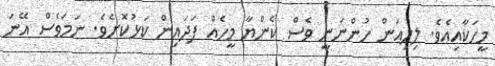
މީހަކާއިއެވެ. ލިލިއަން ހުންނަނީ ވެސް ކެންޔާ މީހެއް ފަދައިން ކަޅުކޮށެވެ. ނަމަވެސް އޭނަ